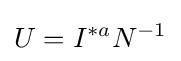
U=I^{*a}N^{-1}